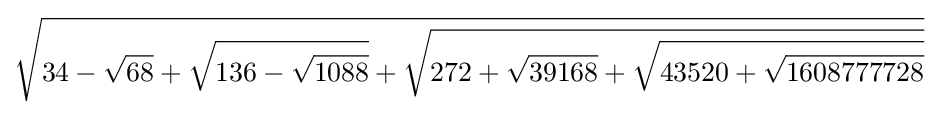
{\sqrt {34-{\sqrt {68}}+{\sqrt {136-{\sqrt {1088}}}}+{\sqrt {272+{\sqrt {39168}}+{\sqrt {43520+{\sqrt {1608777728}}}}}}}}